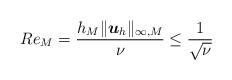
LaTeX: \begin{align*} Re_M &= \frac{h_M\|\boldsymbol{u}_h\|_{\infty,M}}{\nu} \le \frac{1}{\sqrt{\nu}}\end{align*}